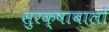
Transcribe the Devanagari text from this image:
सुरक्षाबालों